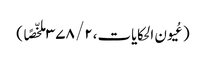
(عُیون الحکایات،۲/ ۳۷۸ ملخّصًا )